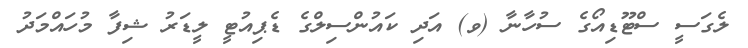
ލެގަސީ ސްޓޫޑިއޯގެ ސުހާނާ (ވ) އަދި ކައުންސިލްގެ ޑެޕިއުޓީ ލީޑަރު ޝިފާ މުހައްމަދު